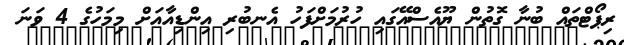
ރިޕޯޓްތައް ބުނާ ގޮތުން ޔޫއެސްއޭގައި ހުރުމަށްފަހު އެނބުރި އިންޑިއާއަށް މިމަހުގެ 4 ވަނަ